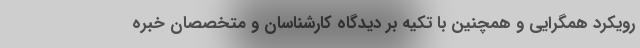
رویکرد همگرایی و همچنین با تکیه بر دیدگاه کارشناسان و متخصصان خبره